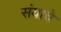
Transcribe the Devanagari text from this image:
संयाचे